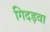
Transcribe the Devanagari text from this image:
गिदड़वा